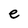
Character: e